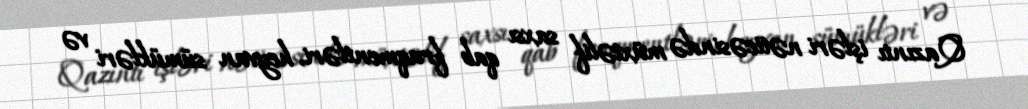
Qazıntı işləri nəticəsində müxtəlif saxsı qab fraqmentləri, heyvan sümükləri və